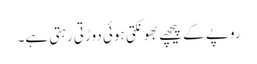
روپے کے پیچھے بھونکتی ہوئی دوڑتی رہتی ہے۔